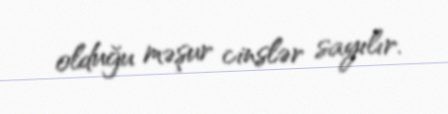
olduğu məşur cinslər sayılır.